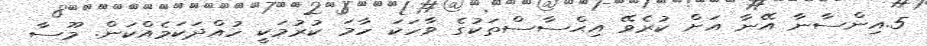
5.އިންސާނާ އޭނާ އަށް ކުރެވޭ އިޙްސާސްތަކުގެ ވާހަކަ ހާމަ ކުރުމަކީ ހުއްދަކަމެއްކަން. މޫސާ